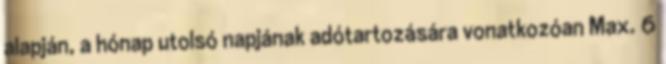
alapján, a hónap utolsó napjának adótartozására vonatkozóan Max. 6